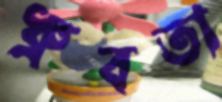
ধ্রুবতা